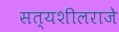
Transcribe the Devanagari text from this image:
सत्यशीलराजे